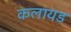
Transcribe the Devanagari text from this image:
कलायड